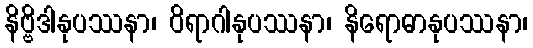
နိဗ္ဗိဒါနုပဿနာ၊ ဝိရာဂါနုပဿနာ၊ နိရောဓာနုပဿနာ၊